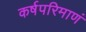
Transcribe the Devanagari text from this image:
कर्षपरिमाणं